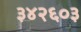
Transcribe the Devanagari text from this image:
३४२६०३